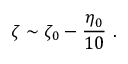
\zeta \sim \zeta _ { 0 } - \frac { \eta _ { 0 } } { 1 0 } \ .